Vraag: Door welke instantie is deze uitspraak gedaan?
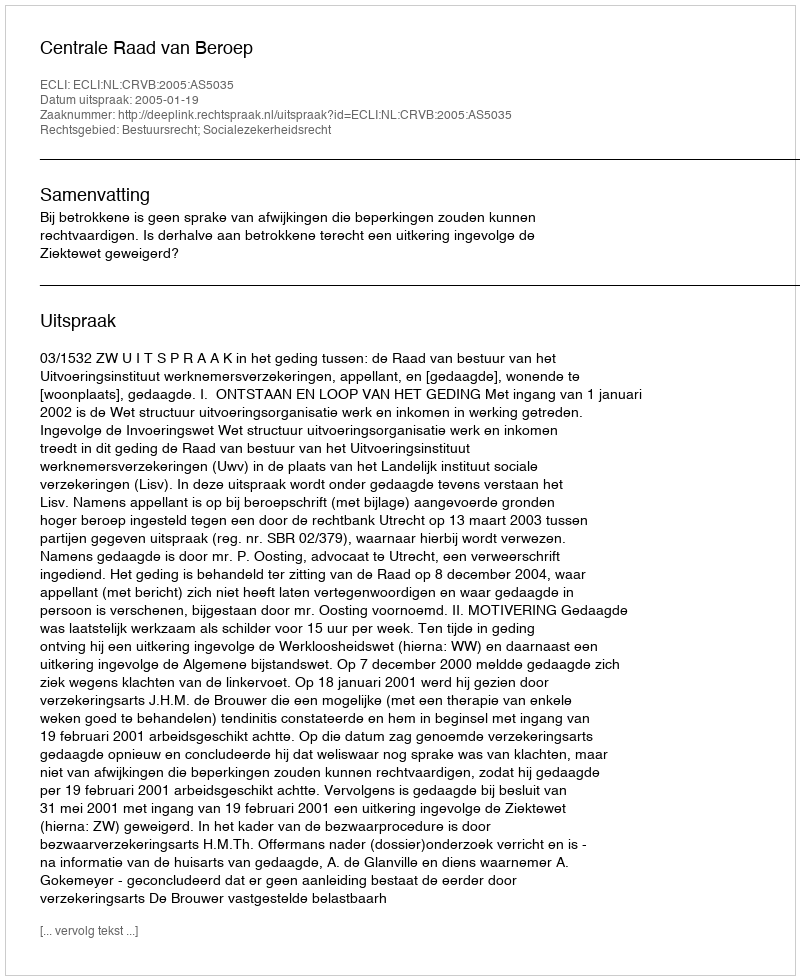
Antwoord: Centrale Raad van Beroep